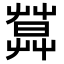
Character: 𦶛